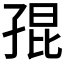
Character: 𡥵